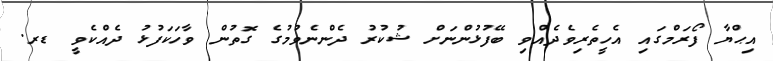
އިޙްޔާ ފޯރަމްގައި އެހީތެރިވެދެއްވި ބޭފުޅުންނަށް ޝުކުރު ދެންނެވުމުގެ ގޮތުން ވާހަކަފުޅު ދެއްކެވީ ޑރ.